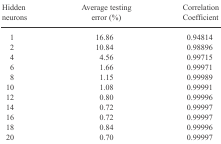
| Hidden neurons | Average testing error (%) | Correlation Coefficient |
 | --- | --- | --- |
 | 1 | 16.86 | 0.94814 |
 | 2 | 10.84 | 0.98896 |
 | 4 | 4.56 | 0.99715 |
 | 6 | 1.66 | 0.99971 |
 | 8 | 1.15 | 0.99989 |
 | 10 | 1.08 | 0.99991 |
 | 12 | 0.80 | 0.99996 |
 | 14 | 0.72 | 0.99997 |
 | 16 | 0.72 | 0.99997 |
 | 18 | 0.84 | 0.99996 |
 | 20 | 0.70 | 0.99997 |